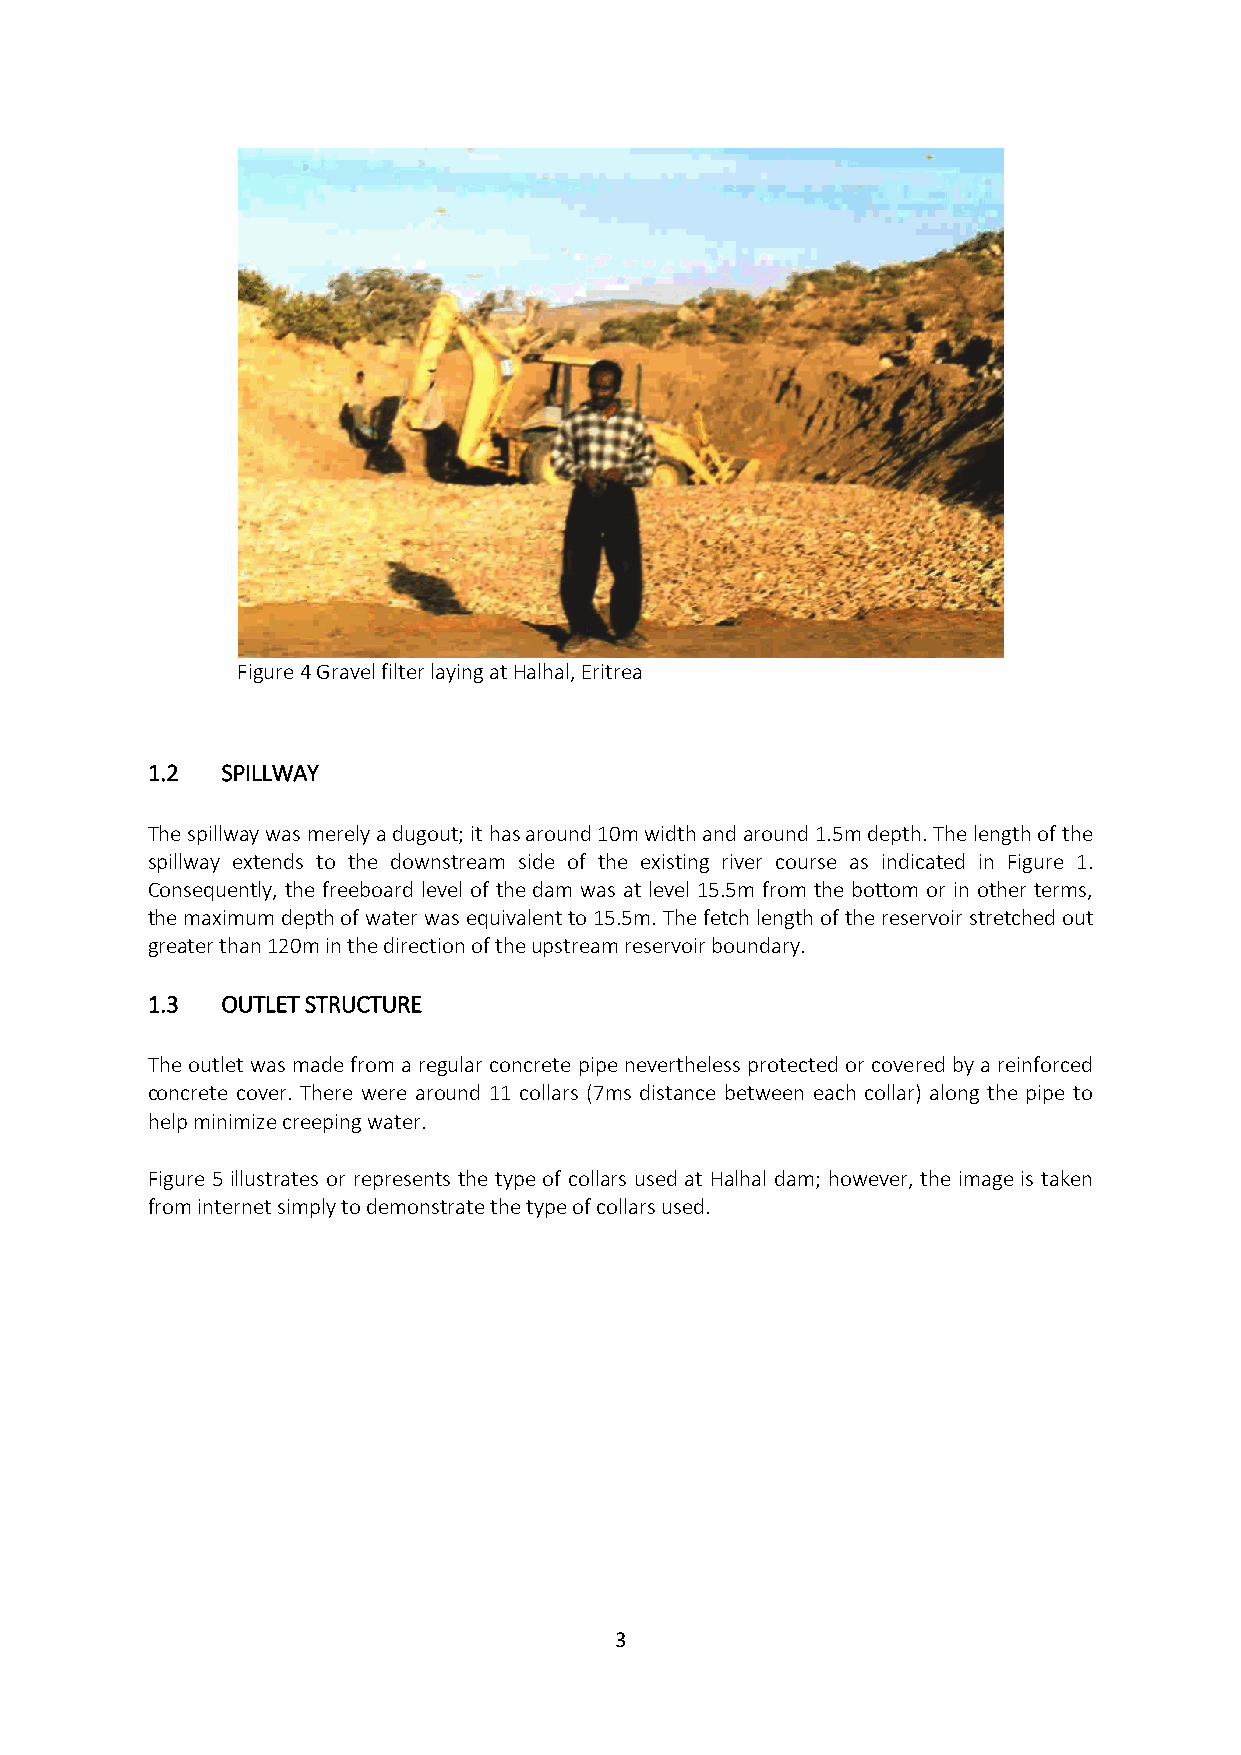
Figure 4 Gravel filter laying at Halhal, Eritrea
 1.2  SPILLWAY
 The spillway was merely a dugout; it has around 10m width and around 1.5m depth. The length of the
 spillway extends to the downstream side of the existing river course as indicated in Figure 1.
 Consequently, the freeboard level of the dam was at level 15.5m from the bottom or in other terms,
 the maximum depth of water was equivalent to 15.5m. The fetch length of the reservoir stretched out
 greater than 120m in the direction of the upstream reservoir boundary.
 1.3  OUTLET STRUCTURE
 The outlet was made from a regular concrete pipe nevertheless protected or covered by a reinforced
 concrete cover. There were around 11 collars (7ms distance between each collar) along the pipe to
 help minimize creeping water.
 Figure 5 illustrates or represents the type of collars used at Halhal dam; however, the image is taken
 from internet simply to demonstrate the type of collars used.
 3